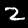
Label: 2